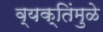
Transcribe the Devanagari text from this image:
व्यक्तिंमुळे